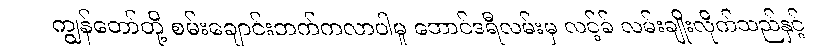
ကျွန်တော်တို့ စမ်းချောင်းဘက်ကလာပါမူ ဘောင်ဒရီလမ်းမှ လင့်ခ် လမ်းချိုးလိုက်သည်နှင့်